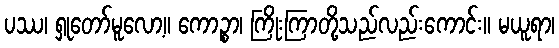
ပဿ၊ ရှုတော်မူလော့။ ကောဉ္စာ၊ ကြိုးကြာတို့သည်လည်းကောင်း။ မယူရာ၊